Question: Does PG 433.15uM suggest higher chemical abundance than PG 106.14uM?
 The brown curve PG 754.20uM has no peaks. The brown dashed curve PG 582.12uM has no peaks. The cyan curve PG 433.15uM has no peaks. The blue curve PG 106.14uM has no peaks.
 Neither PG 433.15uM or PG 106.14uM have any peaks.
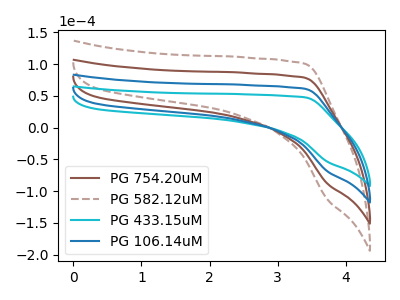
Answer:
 <answer>I cant tell if "PG 433.15uM" or "PG 106.14uM" has more signal.</answer>
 <eval>mixed_signal</eval>